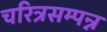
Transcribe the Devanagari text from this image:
चरित्रसम्पन्न